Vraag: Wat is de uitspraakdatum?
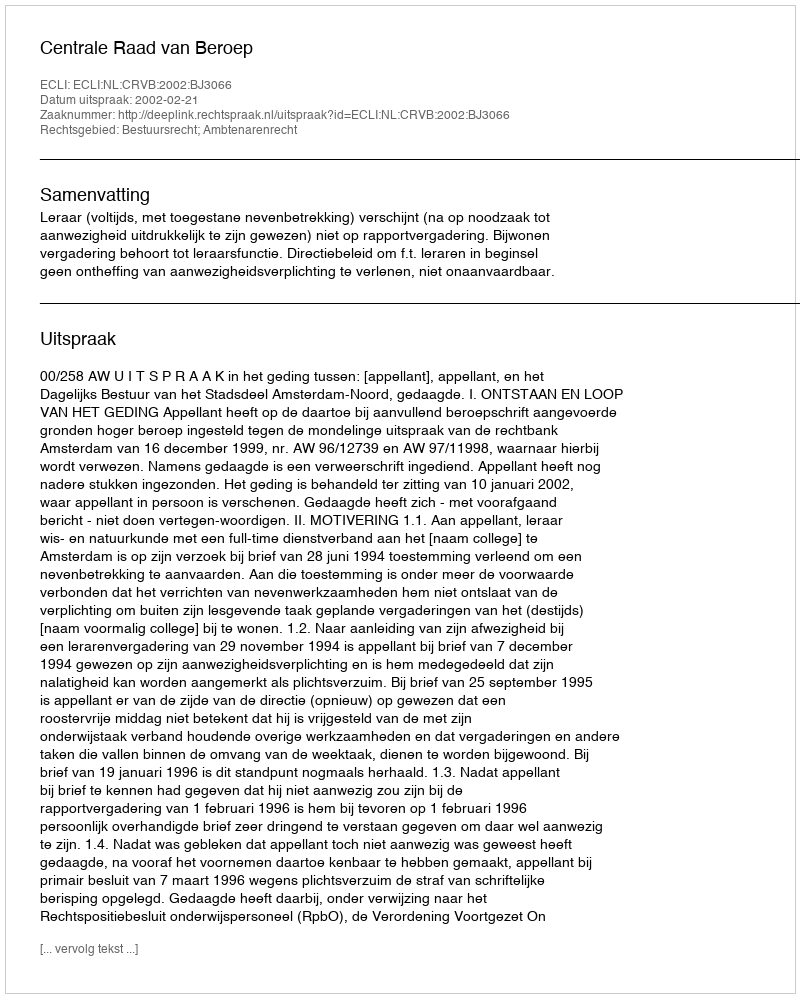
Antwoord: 2002-02-21